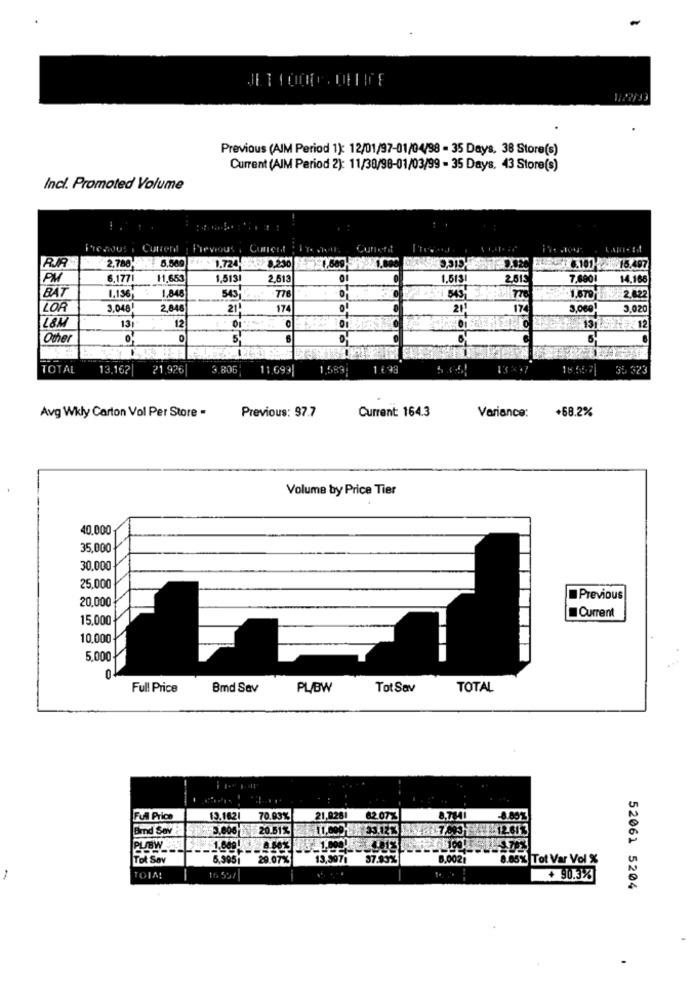
-
1122/33
Previous (AIM Period 1): 12/01/97-01/04/98 - 35 Days. 38 Store(s)
Current (AIM Period 2): 11/30/98-01/03/99 - 35 Days, 43 Store(s)
Incl. Promoted Volume
Frenous . Curren
Previous
Cuni
2.780, 5,569 7 1.724
3,315.
RA
6.101 . 15.497
6,177
11,653
1,5131
2,61
1.5131
7,600
14.166
BAT
1,848
1,196
543
776
2.422
LOR
3.048
2,840
21
174
21
3,060
3,020
L&M
12
13
131 / 12
Other
5
TOTAL
13.162|
21.926
3.806
11.699|
18.557
135 323
Previous: 97.7
Current: 164.3
+58.2%
Avg Wkly Carton Vol Per Store .
Variance:
Volume by Price Tier
40.000
35,000
30,000
25,000
20,000
Previous
Current
15,000
10,000
5,000 +
0
Full Price
Bmd Sav
PL/BW
Tot Sav
TOTAL
Full Price
13.1621
70.93%
21,9261
62.07%
8,784
-8.80%
Bind Sov
3.006 20.51%
11.0001 33.12%
PUBW
L.3.70%
Tel Sav
29.07.
13,9971
37.93%
8.002:
8.85% Tot Var Vol %
-
TOIA!
16 59/
+ 90.3%
52061 5204